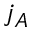
j _ { A }